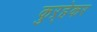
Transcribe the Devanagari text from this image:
कुऱ्हेकर